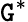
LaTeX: \mathtt{G}^{*}